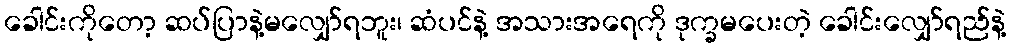
ခေါင်းကိုတော့ ဆပ်ပြာနဲ့မလျှော်ရဘူး၊ ဆံပင်နဲ့ အသားအရေကို ဒုက္ခမပေးတဲ့ ခေါင်းလျှော်ရည်နဲ့